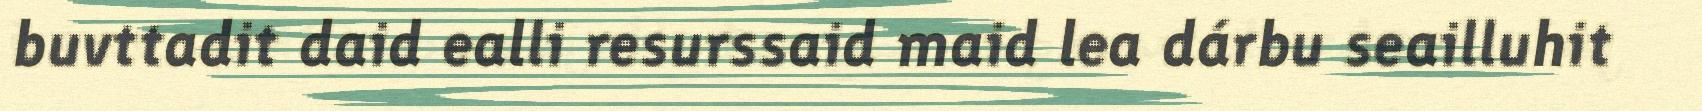
buvttadit daid ealli resurssaid maid lea dárbu seailluhit